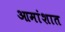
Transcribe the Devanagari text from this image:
आमांशात